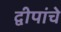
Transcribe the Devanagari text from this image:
द्वीपांचे